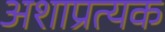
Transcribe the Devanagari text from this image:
अशाप्रत्यक